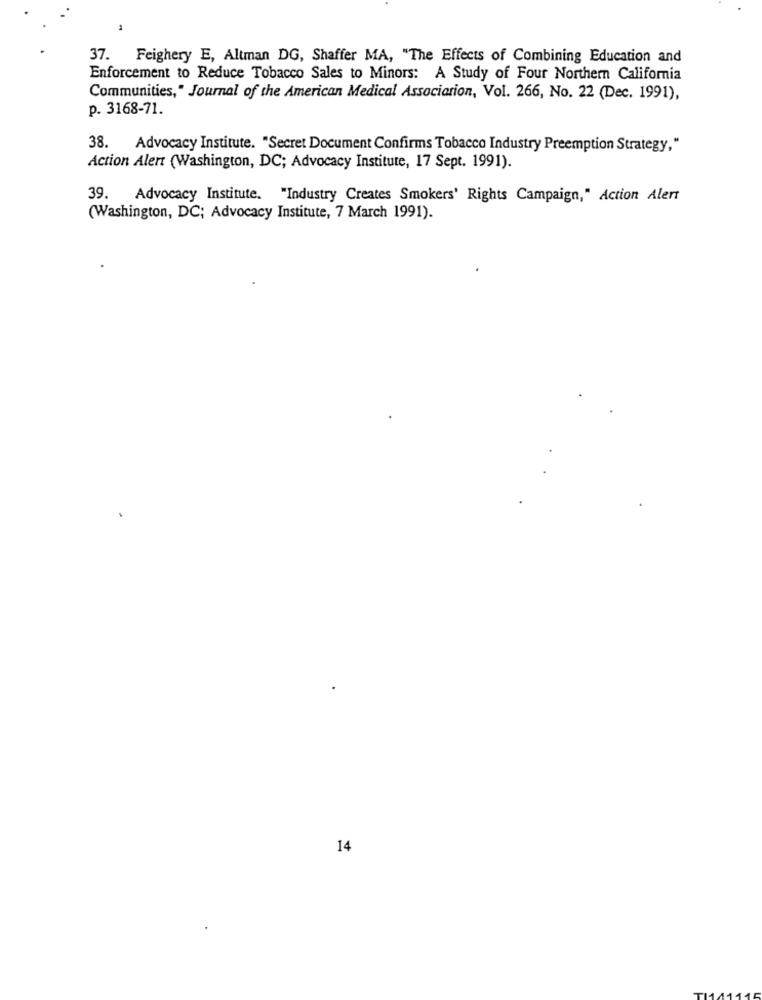
37. Feighery E, Altman DG, Shaffer MA, "The Effects of Combining Education and
Enforcement to Reduce Tobacco Sales to Minors: A Study of Four Northern California
Communities," Journal of the American Medical Association, Vol. 266, No. 22 (Dec. 1991),
p. 3168-71.
38.
Advocacy Institute. "Secret Document Confirms Tobacco Industry Preemption Strategy,"
Action Alert (Washington, DC; Advocacy Institute, 17 Sept. 1991).
39. Advocacy Institute. "Industry Creates Smokers' Rights Campaign," Action Alert
(Washington, DC; Advocacy Institute, 7 March 1991).
14